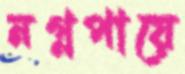
নগ্নপায়ে